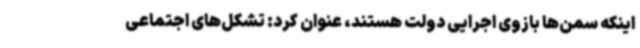
اینکه سمن‌ها بازوی اجرایی دولت هستند، عنوان کرد: تشکل‌های اجتماعی